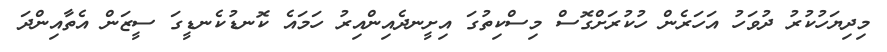
މިދިޔަހުކުރު ދުވަހު އަހަރެން ހުކުރަށްގޮސް މިސްކިތުގަ އިށީނދެއިންއިރު ހަމައެ ކޮނޑުކެނޑީގަ ސީޒަން އެތާއިންދަ